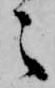
之